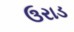
ઉરાડ